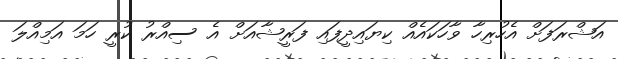
އަޝްރަފަށް އެހުރިހާ ވާހަކައެއް ކިޔައިދީފައި ފަރީޝާއަށް އެ ސިއްރު ކުރީ ހަމަ އަމިއްލަ